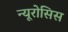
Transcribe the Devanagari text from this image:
न्यूरोसिस